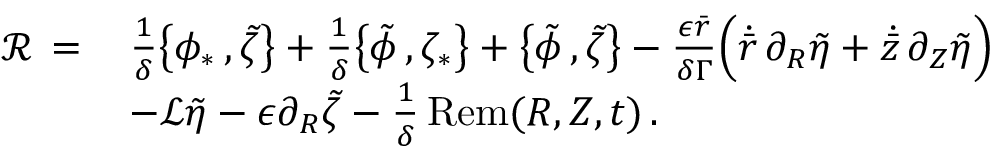
\begin{array} { r l } { \mathcal { R } \, = \, } & { \frac { 1 } { \delta } \bigl \{ \phi _ { * } \, , \tilde { \zeta } \bigr \} + \frac { 1 } { \delta } \bigl \{ \tilde { \phi } \, , \zeta _ { * } \bigr \} + \bigl \{ \tilde { \phi } \, , \tilde { \zeta } \bigr \} - \frac { \epsilon \bar { r } } { \delta \Gamma } \Bigl ( \dot { \bar { r } } \, \partial _ { R } \tilde { \eta } + \dot { \bar { z } } \, \partial _ { Z } \tilde { \eta } \Bigr ) } \\ & { - \mathcal { L } \tilde { \eta } - \epsilon \partial _ { R } \tilde { \zeta } - \frac { 1 } { \delta } \, \mathrm { R e m } ( R , Z , t ) \, . } \end{array}